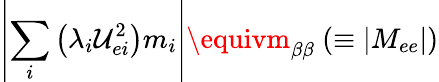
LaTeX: \left|\sum_{i}\left(\lambda_{i}\mathcal{U}_{ei}^{2}\right)m_{i}\right|\equivm_{\beta\beta}~(\equiv|M_{ee}|)